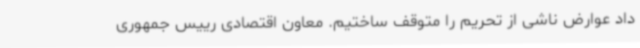
داد عوارض ناشی از تحریم را متوقف ساختیم. معاون اقتصادی رییس جمهوری